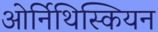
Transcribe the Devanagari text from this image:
ओर्निथिस्कियन